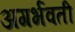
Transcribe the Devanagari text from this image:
अगर्भवती